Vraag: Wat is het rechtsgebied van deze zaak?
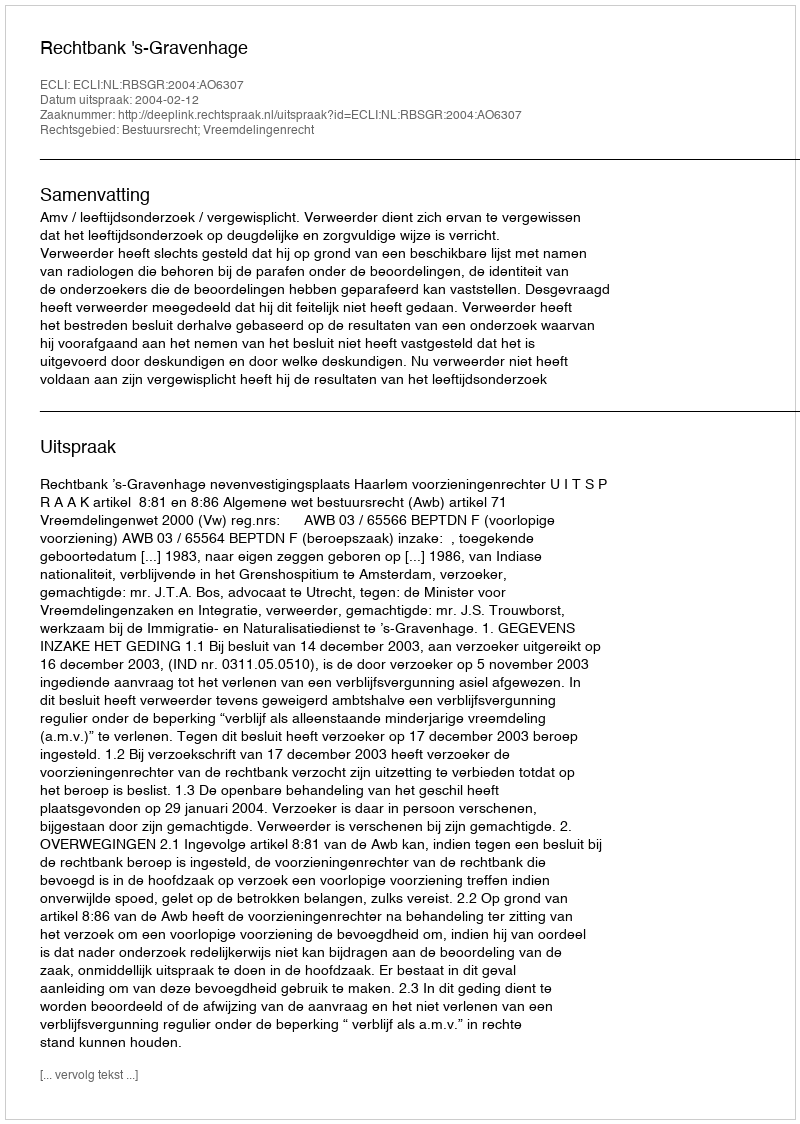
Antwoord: Bestuursrecht; Vreemdelingenrecht